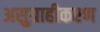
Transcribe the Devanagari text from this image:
असुग्राहीकरण